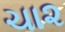
ચા૨